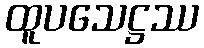
ထူပသေဋ္ဌဿ